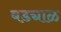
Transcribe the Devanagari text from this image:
बड्याळ